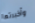
وأخبرتها